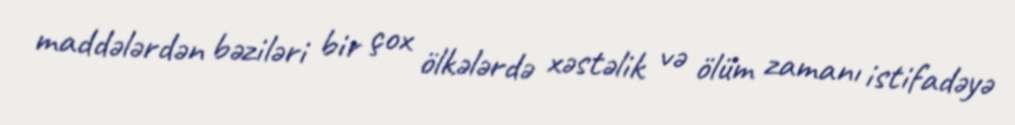
maddələrdən bəziləri bir çox ölkələrdə xəstəlik və ölüm zamanı istifadəyə